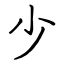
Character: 少